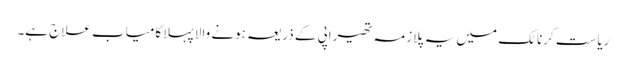
ریاست کرناٹک میں یہ پلازمہ تھیراپی کے ذریعہ ہونے والا پہلا کامیاب علاج ہے۔